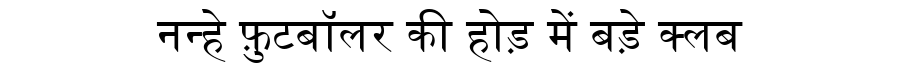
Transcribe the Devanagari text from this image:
नन्हे फ़ुटबॉलर की होड़ में बड़े क्लब